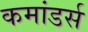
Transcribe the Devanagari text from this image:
कमांडर्स